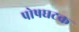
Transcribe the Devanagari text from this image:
पोषघटक